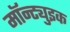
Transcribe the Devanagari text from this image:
मॉन्ट्युइक